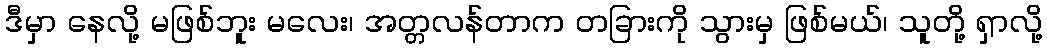
ဒီမှာ နေလို့ မဖြစ်ဘူး မလေး၊ အတ္တလန်တာက တခြားကို သွားမှ ဖြစ်မယ်၊ သူတို့ ရှာလို့